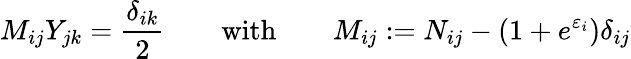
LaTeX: M_{ij}Y_{jk}=\frac{\delta_{ik}}{2}\quad\quad\mathrm{with}\qquad M_{ij}:=N_{ij}-(1+e^{\varepsilon_{i}})\delta_{ij}